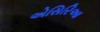
એસિરિઆ